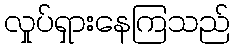
လှုပ်ရှားနေကြသည်